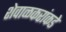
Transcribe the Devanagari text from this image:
शेवाळकरांकडे